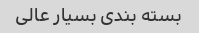
بسته بندی بسیار عالی